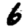
Digit: 6